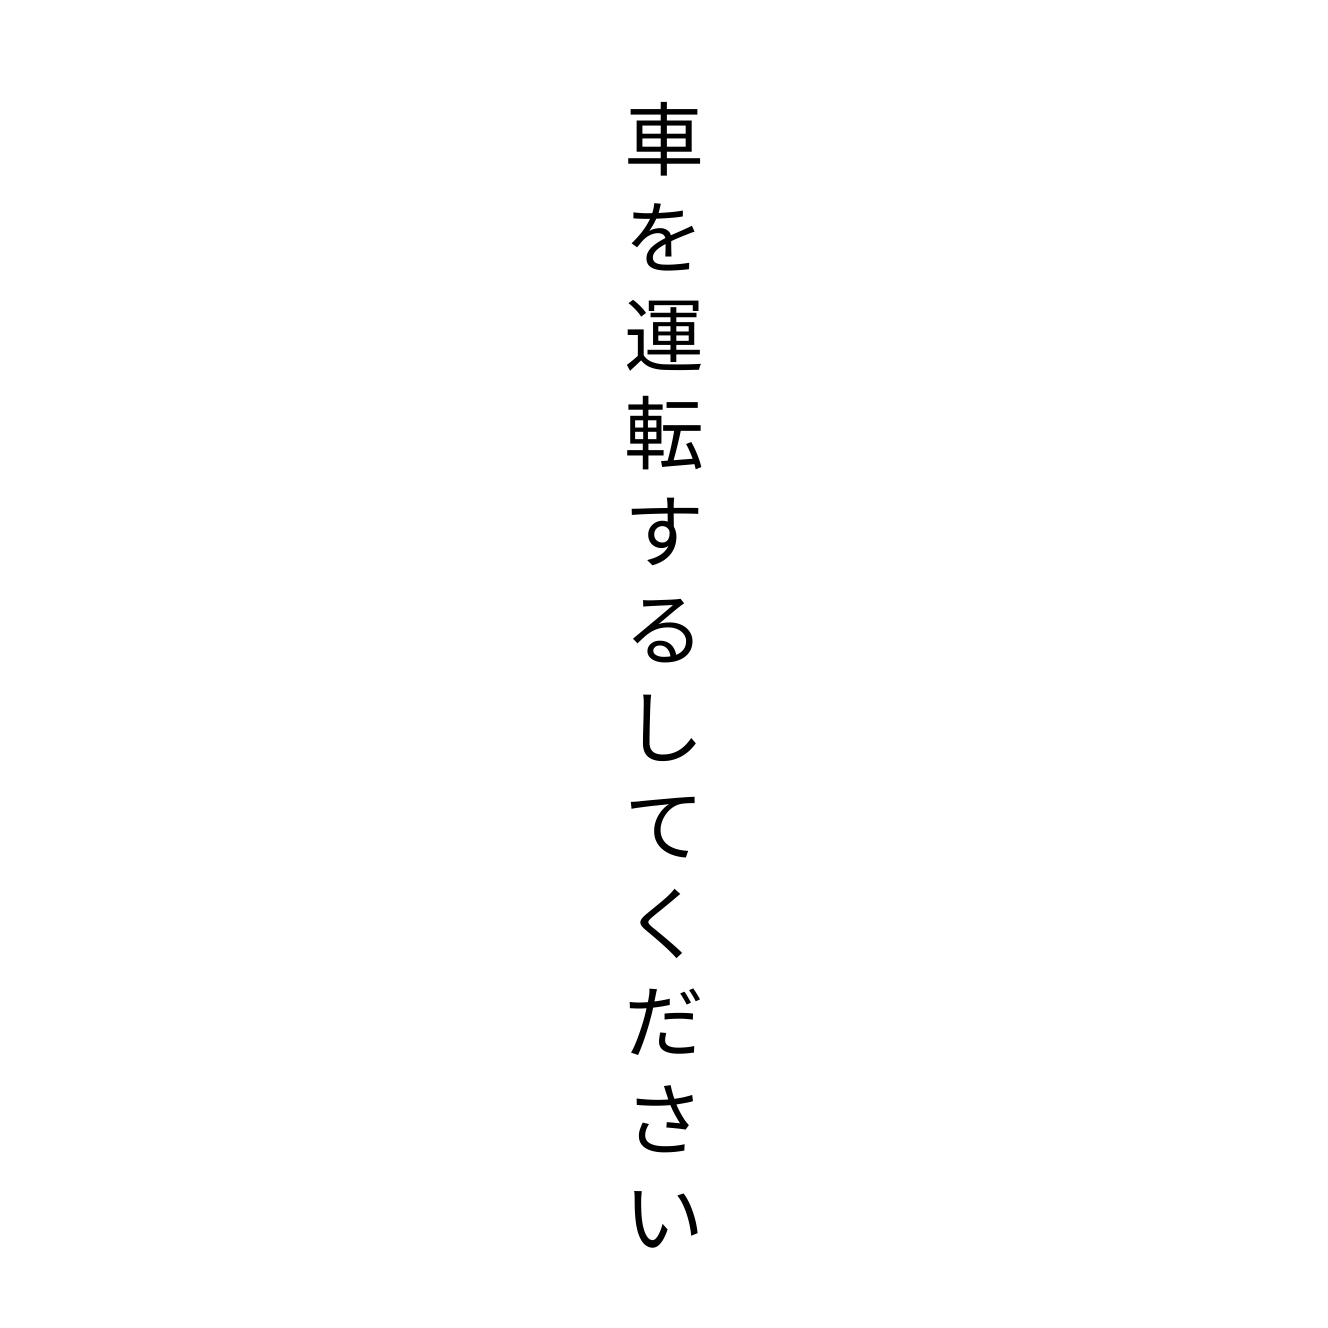
車を運転するしてください